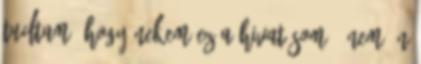
tudtam, hogy nekem ez a hivatásom - nem én